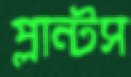
প্লান্টস